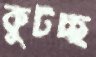
কুটচ্ছ